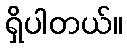
ရှိပါတယ်။